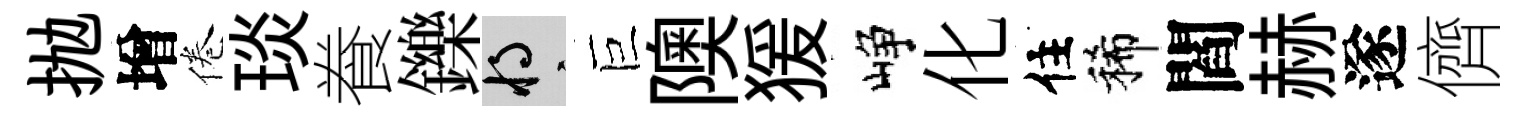
抛增倦琰飬鑠將巨隩猨峥化住稀閻赫遂儕